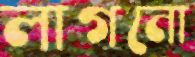
লাগনো